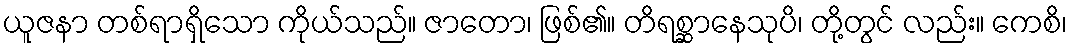
ယူဇနာ တစ်ရာရှိသော ကိုယ်သည်။ ဇာတော၊ ဖြစ်၏။ တိရစ္ဆာနေသုပိ၊ တို့တွင် လည်း။ ကေစိ၊